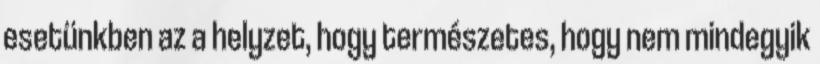
esetünkben az a helyzet, hogy természetes, hogy nem mindegyik